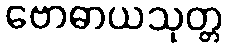
ဗောဓာယသုတ္တ